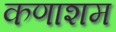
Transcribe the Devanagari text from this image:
कणाशम